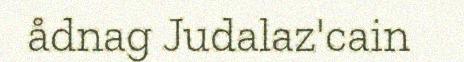
ådnag Judalaz'cain